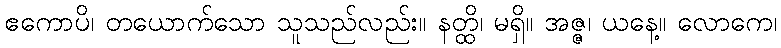
ဧကောပိ၊ တယောက်သော သူသည်လည်း။ နတ္ထိ၊ မရှိ။ အဇ္ဇ၊ ယနေ့။ လောကေ၊